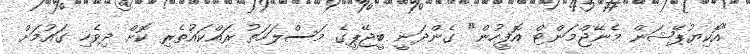
"އޮކިޔުޕޭޝަން މެނޭޖްމަންޓް އޮފީހުން" ގެންދަނީ ބީޖޭޕީގެ މަސްލަހަތު ރައްކައުތެރި ކޮށް ދިވެހި ގައުމަށް